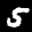
Label: 5